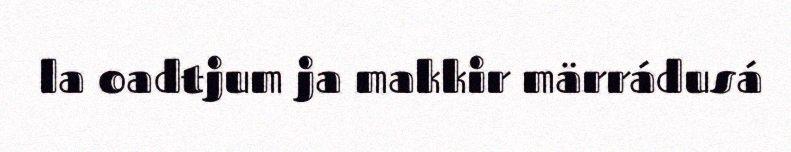
la oadtjum ja makkir märrádusá